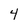
Character: 4